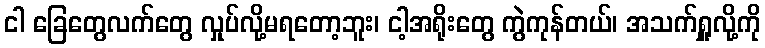
ငါ ခြေတွေလက်တွေ လှုပ်လို့မရတော့ဘူး၊ ငါ့အရိုးတွေ ကွဲကုန်တယ်၊ အသက်ရှူလို့ကို